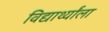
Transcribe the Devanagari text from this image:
विद्यार्थ्यांला